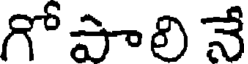
గో పాలి నే